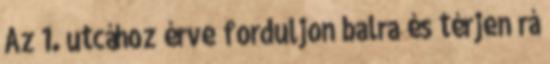
Az 1. utcához érve forduljon balra és térjen rá